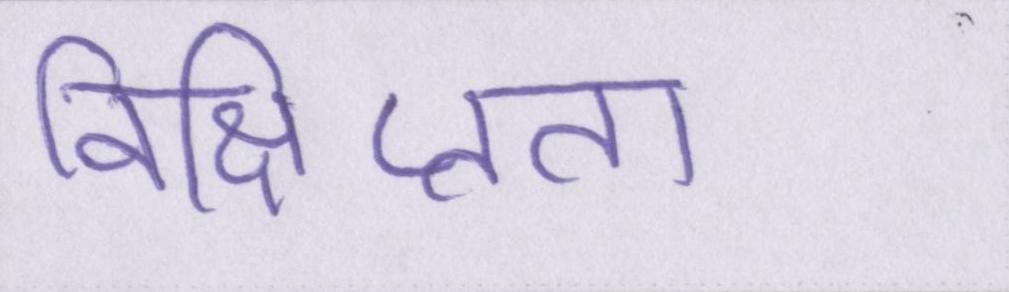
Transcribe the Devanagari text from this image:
विक्षिप्तता